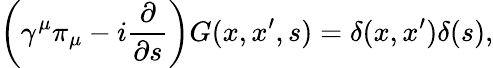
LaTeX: \left(\gamma^{\mu}\pi_{\mu}-i\frac\partial{\partial s}\right)G(x,x^{\prime},s)=\delta(x,x^{\prime})\delta(s),